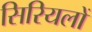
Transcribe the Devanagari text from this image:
सिरियलों